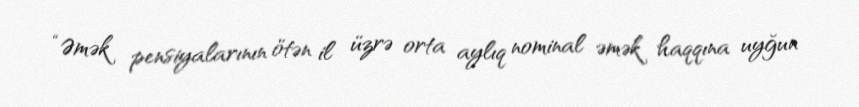
“Əmək pensiyalarının ötən il üzrə orta aylıq nominal əmək haqqına uyğun